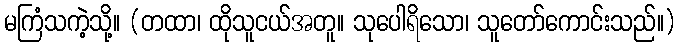
မကြံသကဲ့သို့။ (တထာ၊ ထိုသူငယ်အတူ။ သုပေါရိသော၊ သူတော်ကောင်းသည်။)